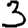
Digit: 3